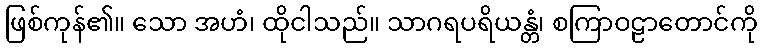
ဖြစ်ကုန်၏။ သော အဟံ၊ ထိုငါသည်။ သာဂရပရိယန္တံ၊ စကြာဝဠာတောင်ကို